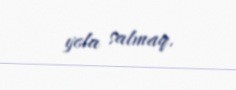
yola salmaq.